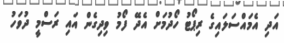
އަދި އެމައްސަލައިގެ ރިޕޯޓު ހޯދުމަށް އެދޭ ފޯމު ވިދިގެން އައި ރަސްމީ ދުވަހު